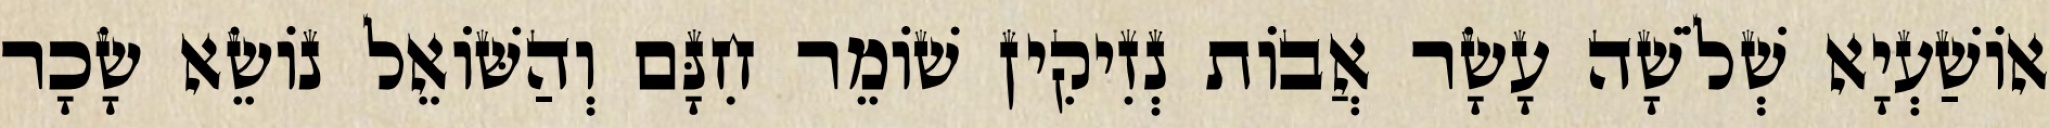
אוֹשַׁעְיָא שְׁלֹשָׁה עָשָׂר אֲבוֹת נְזִיקִין שׁוֹמֵר חִנָּם וְהַשּׁוֹאֵל נוֹשֵׂא שָׂכָר